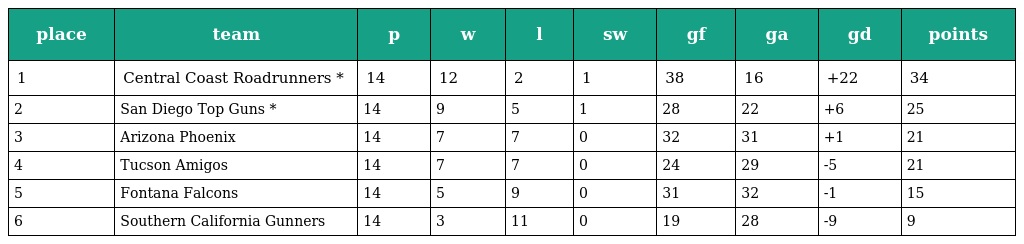
| place | team | p | w | l | sw | gf | ga | gd | points |
 | --- | --- | --- | --- | --- | --- | --- | --- | --- | --- |
 | 1 | Central Coast Roadrunners * | 14 | 12 | 2 | 1 | 38 | 16 | +22 | 34 |
 | 2 | San Diego Top Guns * | 14 | 9 | 5 | 1 | 28 | 22 | +6 | 25 |
 | 3 | Arizona Phoenix | 14 | 7 | 7 | 0 | 32 | 31 | +1 | 21 |
 | 4 | Tucson Amigos | 14 | 7 | 7 | 0 | 24 | 29 | -5 | 21 |
 | 5 | Fontana Falcons | 14 | 5 | 9 | 0 | 31 | 32 | -1 | 15 |
 | 6 | Southern California Gunners | 14 | 3 | 11 | 0 | 19 | 28 | -9 | 9 |